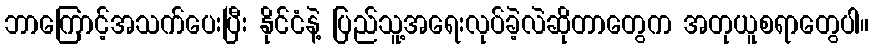
ဘာကြောင့်အသက်ပေးပြီး နိုင်ငံနဲ့ ပြည်သူ့အရေးလုပ်ခဲ့လဲဆိုတာတွေက အတုယူစရာတွေပါ။